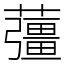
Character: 䕬